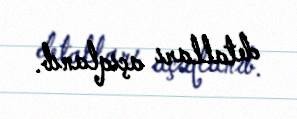
detalları açıqlanıb.